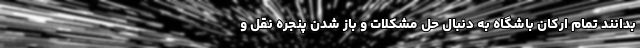
بدانند تمام ارکان باشگاه به دنبال حل مشکلات و باز شدن پنجره نقل و